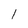
Character: l